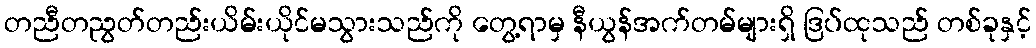
တညီတညွတ်တည်းယိမ်းယိုင်မသွားသည်ကို တွေ့ရာမှ နီယွန်အက်တမ်များရှိ ဒြပ်ထုသည် တစ်ခုနှင့်